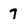
Character: 7